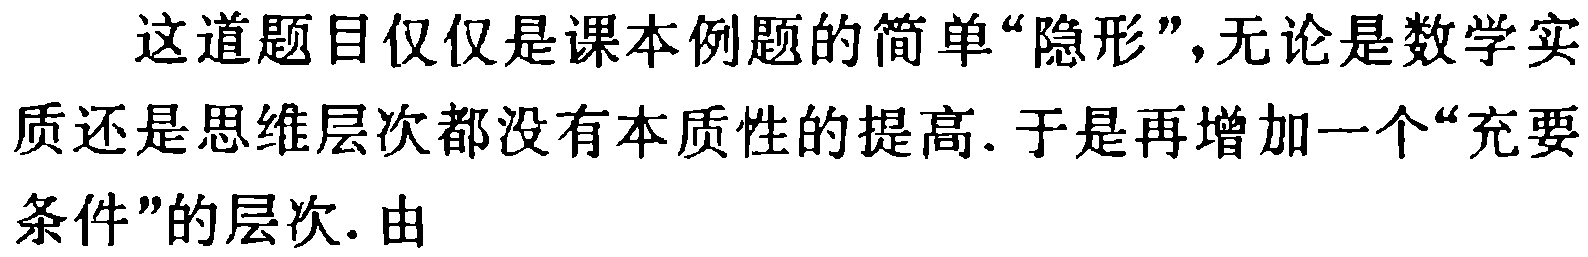
这道题目仅仅是课本例题的简单“隐形”，无论是数学实质还是思维层次都没有本质性的提高. 于是再增加一个“充要条件”的层次. 由